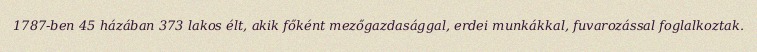
1787-ben 45 házában 373 lakos élt, akik főként mezőgazdasággal, erdei munkákkal, fuvarozással foglalkoztak.